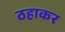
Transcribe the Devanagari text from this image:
ठहाकर